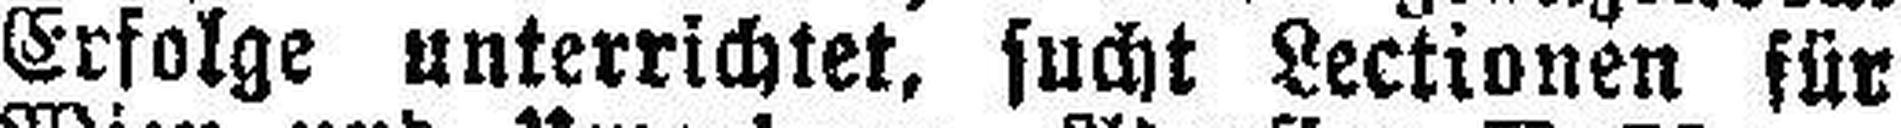
Erfolge unterrichtet, sucht Lectionen für